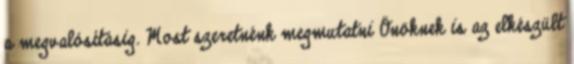
a megvalósításig. Most szeretnénk megmutatni Önöknek is az elkészült